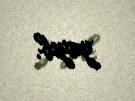
yayıb.